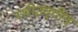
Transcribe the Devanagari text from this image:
रशीउद्दीन